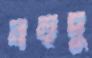
বহুদু